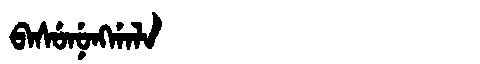
Manchu: ᠪᠠᠰᡠᠨᡠᠩᡤᠠᠯᠠ
Romanization: BASUNUNGGALA